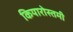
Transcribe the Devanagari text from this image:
कियारोस्तमी